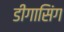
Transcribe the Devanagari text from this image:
डीगासिंग